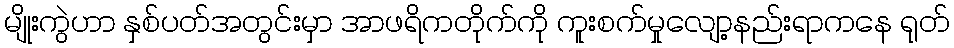
မျိုးကွဲဟာ နှစ်ပတ်အတွင်းမှာ အာဖရိကတိုက်ကို ကူးစက်မှုလျော့နည်းရာကနေ ရုတ်